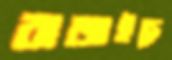
বাজাইছে